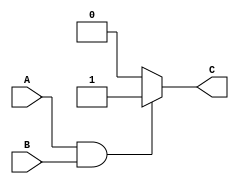
module behavior (
    input wire A,
    input wire B,
    output reg C
);
always @(*) begin
    if (A == 1'b1 && B == 1'b1) begin
        C = 1'b1;
    end 
    else begin
        C = 1'b0;
    end
end
endmodule